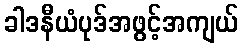
ခါဒနီယံပုဒ်အဖွင့်အကျယ်